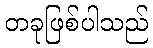
တခုဖြစ်ပါသည်